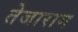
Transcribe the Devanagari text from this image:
तेजाराम